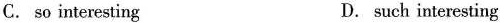
C. so interesting D. such interesting